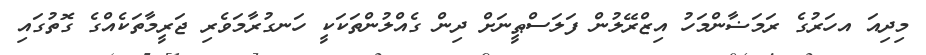
މިދިއަ އހަރުގެ ރަމަޟާންމަހު އިޒްރޭލުން ފަލަސްޠީނަށް ދިން ގެއްލުންތަކަކީ ހަނގުރާމަވެރި ޖަރީމާތަކެއްގެ ގޮތުގައި